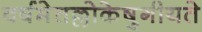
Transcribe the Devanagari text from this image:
वर्षमेतल्लोकेषुगीयते